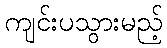
ကျင်းပသွားမည့်